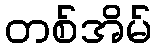
တစ်အိမ်